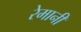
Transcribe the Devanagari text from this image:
रेमानी